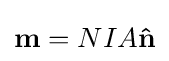
\mathbf {m} =NIA\mathbf {\hat {n}} \,\!